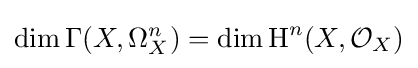
\dim \Gamma (X,\Omega _{X}^{n})=\dim \operatorname {H} ^{n}(X,{\mathcal {O}}_{X})